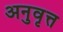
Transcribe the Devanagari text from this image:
अनुवृत्त